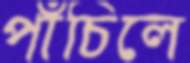
পাঁচিলে